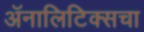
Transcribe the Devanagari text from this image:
ॲनालिटिक्सचा